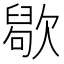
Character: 𣤒